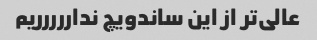
عالی‌تر از این ساندویچ نداررررریم